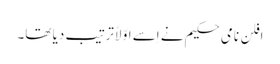
افلن نامی حکیم نے اِسے اوّلاً ترتیب دیا تھا۔